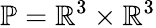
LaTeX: \mathbb{P}=\mathbb{R}^{3}\times\mathbb{R}^{3}